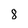
Character: 8